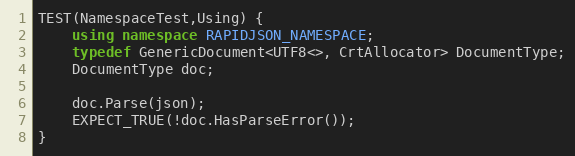
Language: C++
TEST(NamespaceTest,Using) {
    using namespace RAPIDJSON_NAMESPACE;
    typedef GenericDocument<UTF8<>, CrtAllocator> DocumentType;
    DocumentType doc;

    doc.Parse(json);
    EXPECT_TRUE(!doc.HasParseError());
}